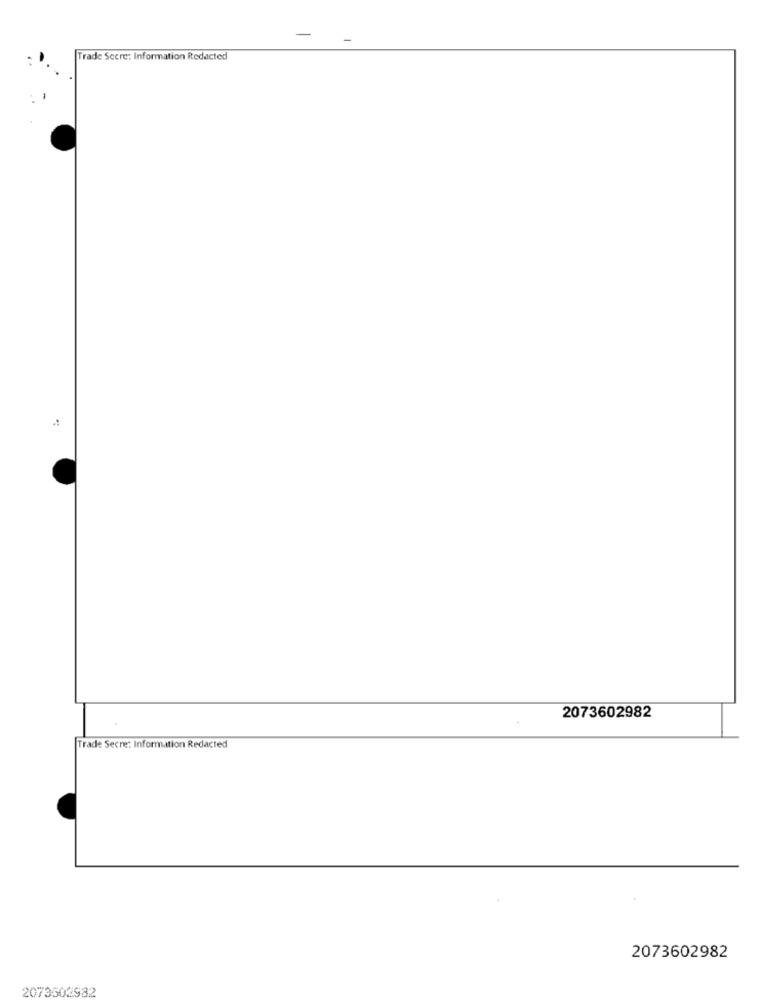
Trade Scere: Information Redacted
2073602982
Trade Secre: Information Redacted
2073602982
2073602982